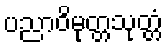
ပညာဝိမုတ္တသုတ္တံ